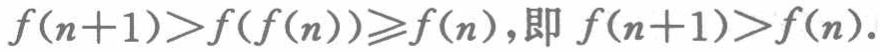
\(f(n + 1)>f(f(n))\geqslant f(n),即 f(n + 1)>f(n).\)